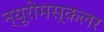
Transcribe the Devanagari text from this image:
न्यूरोमस्कलर